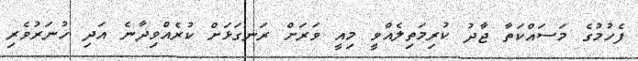
ފެހުމުގެ މަސައްކަތާ ޖާދު ކުރިމަތިލެއްވީ މިއީ ވަރަށް ރަނގަޅަށް ކުރެއްވިދާނެ އަދި ހުނަރުވެރި